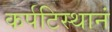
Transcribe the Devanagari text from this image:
कर्पटिस्थानं